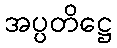
အပ္ပတိဋ္ဌေ